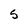
Character: 5